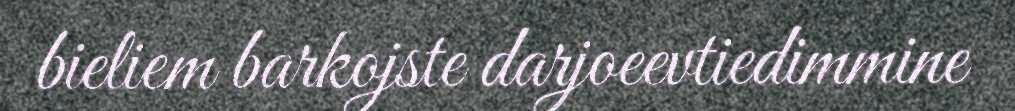
bieliem barkojste darjoeevtiedimmine